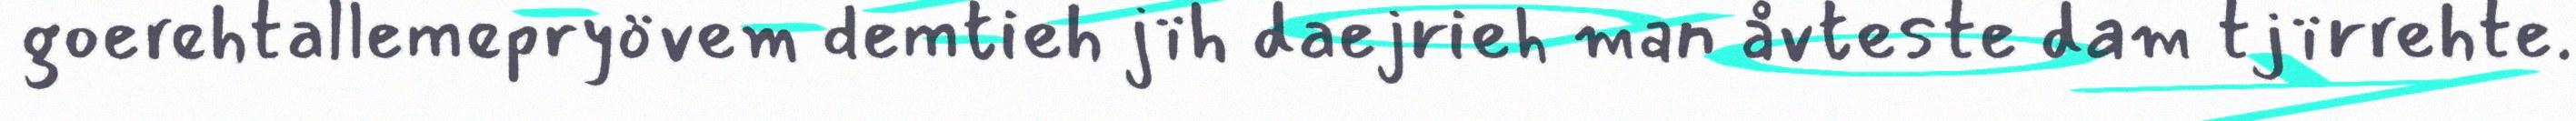
goerehtallemepryövem demtieh jïh daejrieh man åvteste dam tjïrrehte.